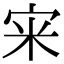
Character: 宩